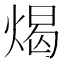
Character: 㷎